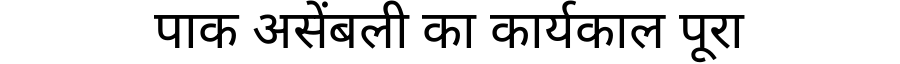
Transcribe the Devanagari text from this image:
पाक असेंबली का कार्यकाल पूरा